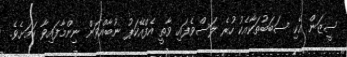
ސީޒަން އެކި ސަބަބުތަކާއެކު ހުރެ ލަސްވެފައި ވާތީ އެފްއޭކަޕު ނުބާއްވަން ނިންމާފައިވާ ކަމަށެވެ.